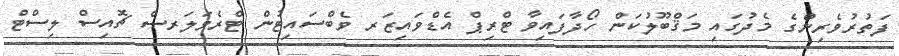
ފަތުރުވެރިންގެ މެދުގައި މަޤްބޫލުކަން ހޯދާފައިވާ ޓްރިޕް އެޑްވައިޒަރ ވެބްސައިޓުން ޓްރެވަލަރސް ޗޮއިސް ލިސްޓް